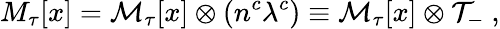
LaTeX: M_{\tau}[x]={\cal M}_{\tau}[x]\otimes(n^{c}\lambda^{c})\equiv{\cal M}_{\tau}[x]\otimes{\cal T}_{-}\ ,